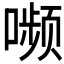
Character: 𫫾